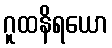
ဂူထနိရယော